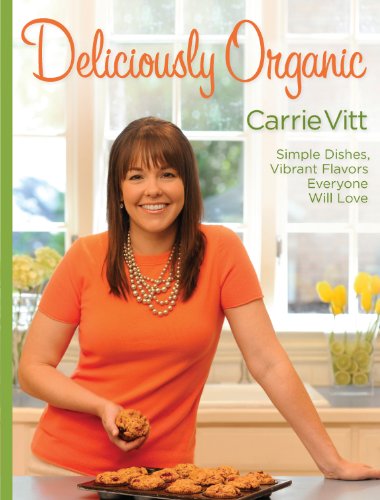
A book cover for Deliciously Organic; Carrie Vitt; Cookbooks, Food & Wine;